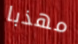
مهذبا